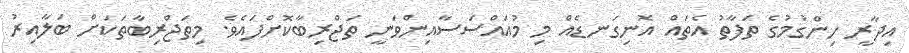
އިދާރީ ހިންގުމުގެ ތަފާތު އެތައް އޮނިގަނޑެއް މި މުއައްސަސާއިންވަނީ ތަޖްރިބާކޮށްފައެވެ. މިތަޖްރިބާތަކަށް ބަލާއިރު